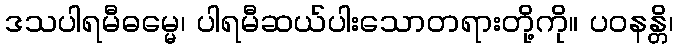
ဒသပါရမီဓမ္မေ၊ ပါရမီဆယ်ပါးသောတရားတို့ကို။ ပဝနန္တိ၊